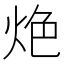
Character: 𰞑